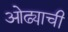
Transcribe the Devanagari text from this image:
ओढ्याची